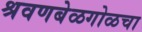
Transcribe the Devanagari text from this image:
श्रवणबेळगोळचा